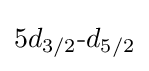
5d_{3/2}{\text{-}}d_{5/2}